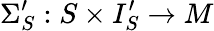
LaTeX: \Sigma_{S}^{\prime}:S\times I_{S}^{\prime}\to M